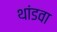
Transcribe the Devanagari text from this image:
थांडवा